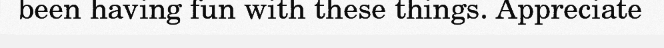
been having fun with these things. Appreciate